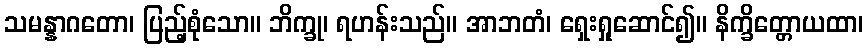
သမန္နာဂတော၊ ပြည့်စုံသော။ ဘိက္ခု၊ ရဟန်းသည်။ အာဘတံ၊ ရှေးရှုဆောင်၍။ နိက္ခိတ္တောယထာ၊